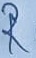
Text: R4